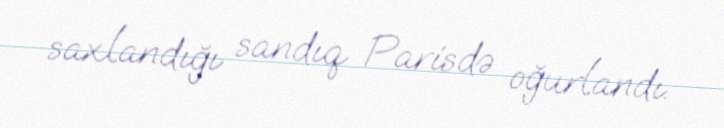
saxlandığı sandıq Parisdə oğurlandı.